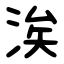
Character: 涘